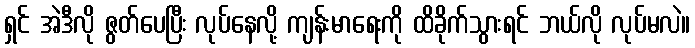
ရှင် အဲဒီလို ဇွတ်ပေပြီး လုပ်နေလို့ ကျန်းမာရေးကို ထိခိုက်သွားရင် ဘယ်လို လုပ်မလဲ။